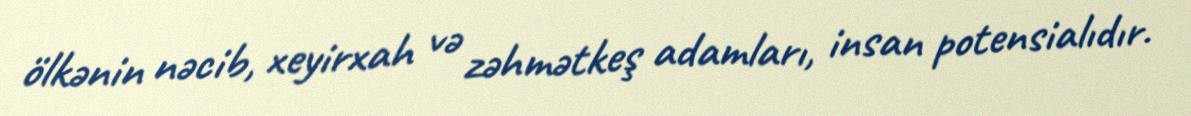
ölkənin nəcib, xeyirxah və zəhmətkeş adamları, insan potensialıdır.